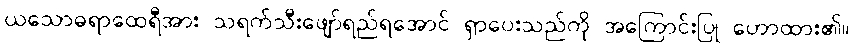
ယသောဓရာထေရီအား သရက်သီးဖျော်ရည်ရအောင် ရှာပေးသည်ကို အကြောင်းပြု ဟောထား၏။